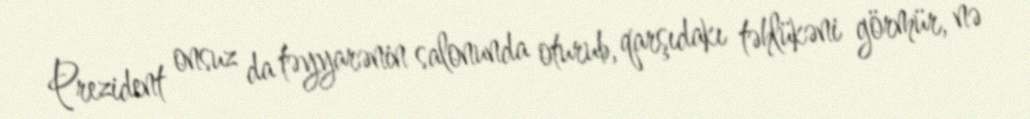
Prezident onsuz da təyyarənin salonunda oturub, qarşıdakı təhlükəni görmür, nə